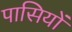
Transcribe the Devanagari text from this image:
पासियों